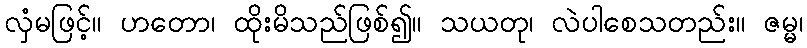
လှံမဖြင့်။ ဟတော၊ ထိုးမိသည်ဖြစ်၍။ သယတု၊ လဲပါစေသတည်း။ ဇမ္မ၊